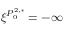
\xi ^ { P _ { 0 } ^ { 2 , * } } = - \infty